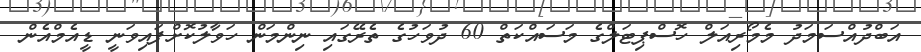
އަބްދުއްސަމަދު މެމޯރިއަލް ހޮސްޕިޓަލްގެ މަސައްކަތް 60 ދުވަހުގެ ތެރޭގައި ނިންމަން ހަވާލުކޮށްފައިވަނީ ޑީއެމްއެން